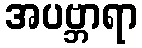
အပဗ္ဘာရာ